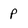
Character: p